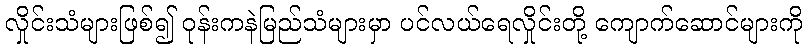
လှိုင်းသံများဖြစ်၍ ဝုန်းကနဲမြည်သံများမှာ ပင်လယ်ရေလှိုင်းတို့ ကျောက်ဆောင်များကို